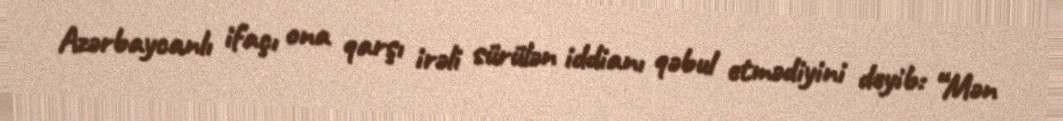
Azərbaycanlı ifaçı ona qarşı irəli sürülən iddianı qəbul etmədiyini deyib: “Mən